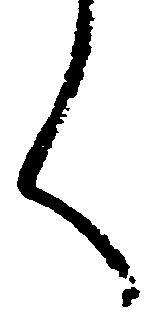
く